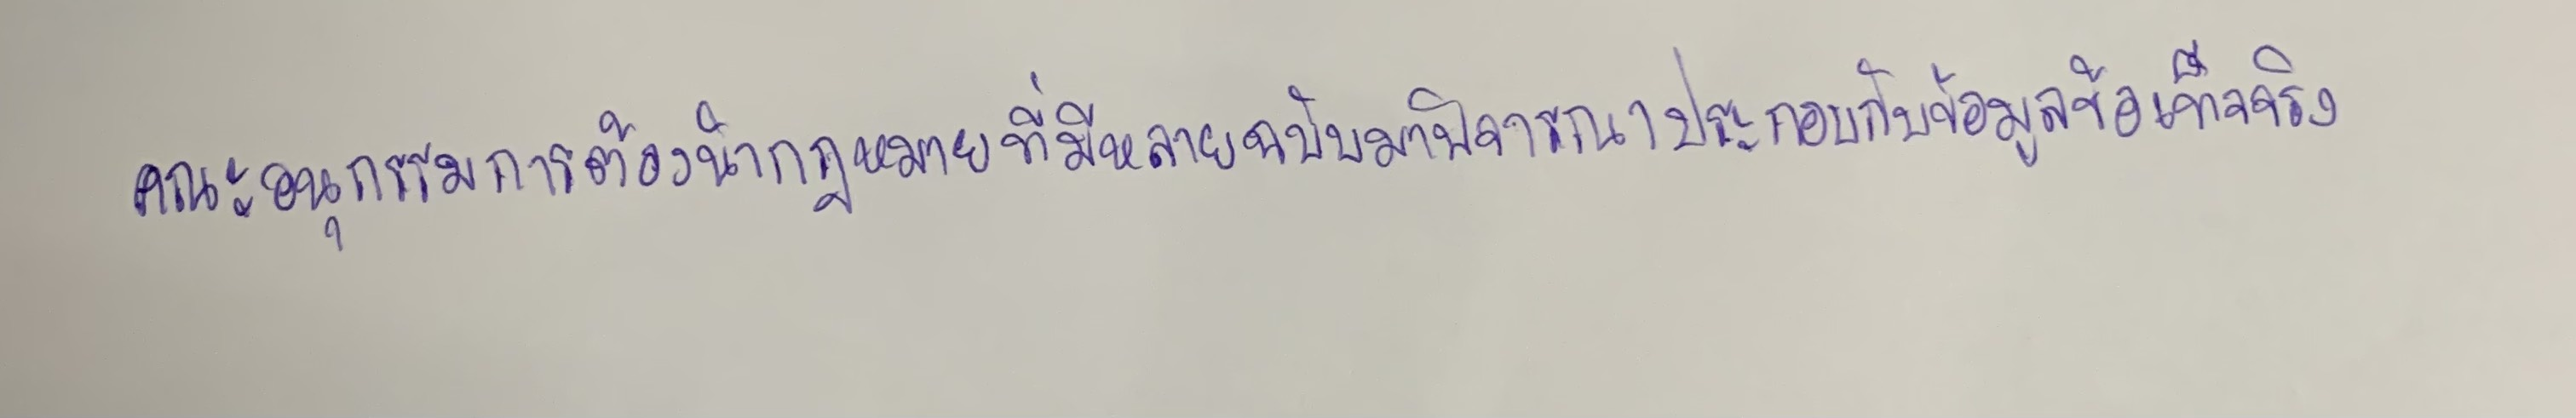
คณะอนุกรรมการต้องนำกฎหมายที่มีหลายฉบับมาพิจารณาประกอบกับข้อมูลข้อเท็จจริง